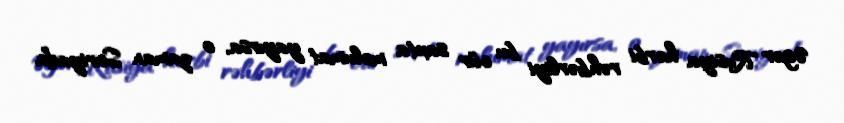
Əgər Rusiya hərbi rəhbərliyi bu cür saxta məlumat yayırsa, o zaman Suriyada